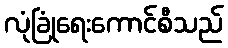
လုံခြုံရေးကောင်စီသည်